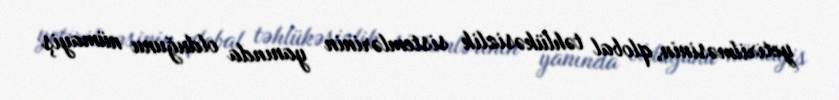
yetirilməsinin, qlobal təhlükəsizlik sistemlərinin yanında olduğunu nümayiş